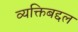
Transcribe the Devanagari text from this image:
व्यक्तिबद्दल